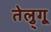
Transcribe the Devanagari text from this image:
तेलु्गू